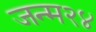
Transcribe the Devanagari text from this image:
जन्म२४